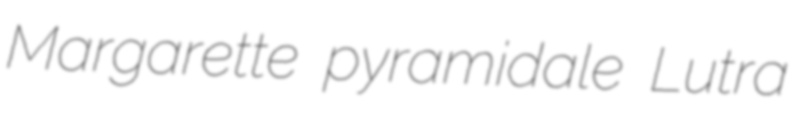
Margarette pyramidale Lutra